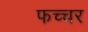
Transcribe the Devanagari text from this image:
फच्चर